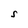
Character: S